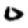
Digit: 0